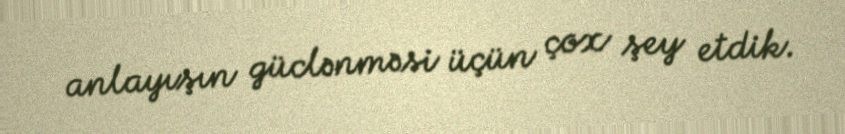
anlayışın güclənməsi üçün çox şey etdik.